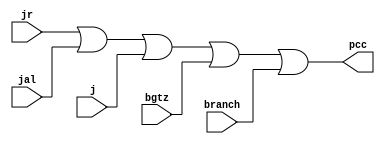
`timescale 1ns / 1ps
//////////////////////////////////////////////////////////////////////////////////
// Company: 
// Engineer: 
// 
// Design Name: 
// Module Name: pcc
// Project Name: 
// Target Devices: 
// Tool Versions: 
// Description: 
// 
// Dependencies: 
// 
// Revision:
// Revision 0.01 - File Created
// Additional Comments:
// 
//////////////////////////////////////////////////////////////////////////////////


module pcc(
    input jr,
    input jal,
    input j,
    input bgtz,
    input branch,
    output pcc
    );
    assign pcc = jr | jal | j | bgtz | branch;
endmodule